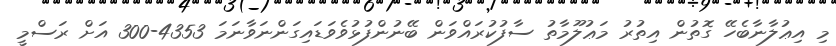
މި އިޢުލާނާބެހޭ ގޮތުން އިތުރު މަޢުލޫމާތު ސާފުކުރައްވަން ބޭނުންފުޅުވެވަޑައިގަންނަވާނަމަ 4353-300 އަށް ރަސްމީ